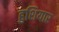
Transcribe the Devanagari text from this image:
हुशियार